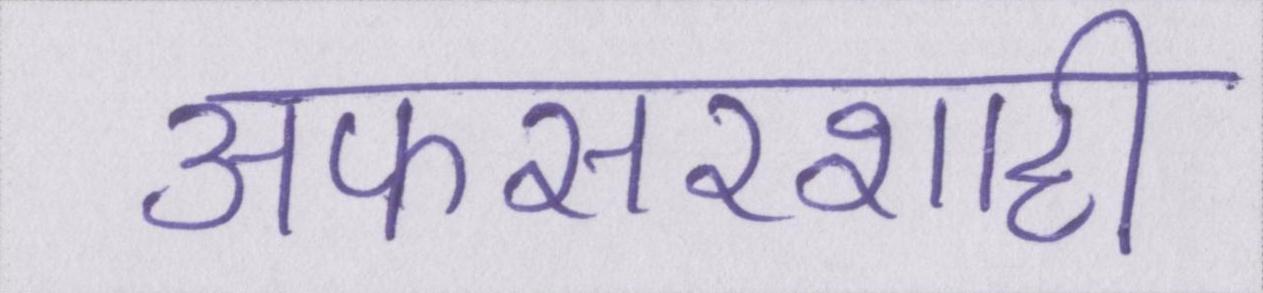
अफसरशाही